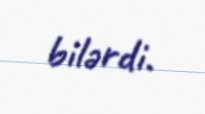
bilərdi.